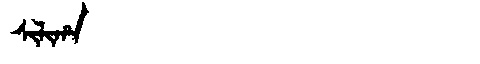
Manchu: ᠰᡳᠯᡳᡥᠠ
Romanization: SILIHA